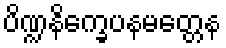
ပိဏ္ဍနိက္ခေပနမတ္တေန